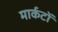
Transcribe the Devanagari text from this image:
मार्कटों